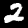
Label: 2